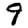
Digit: 9